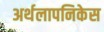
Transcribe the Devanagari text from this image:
अर्थलापनिकेस